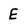
Character: E